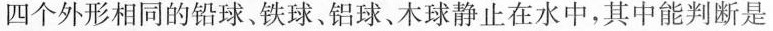
四个外形相同的铅球、铁球、铝球、木球静止在水中，其中能判断是